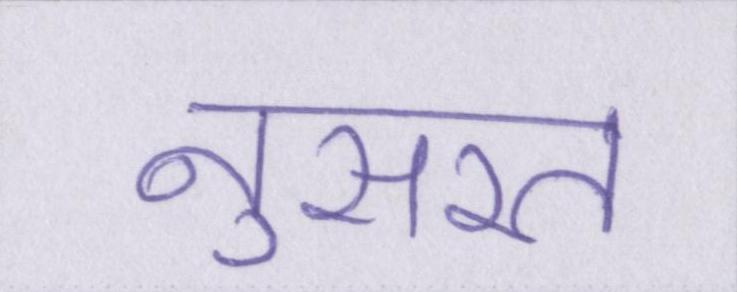
नुसरत